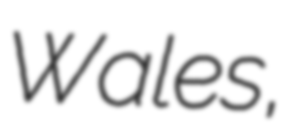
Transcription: Wales,